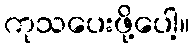
ကုသပေးဖို့ပေါ့။